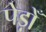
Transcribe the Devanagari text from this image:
पेड़ोँ